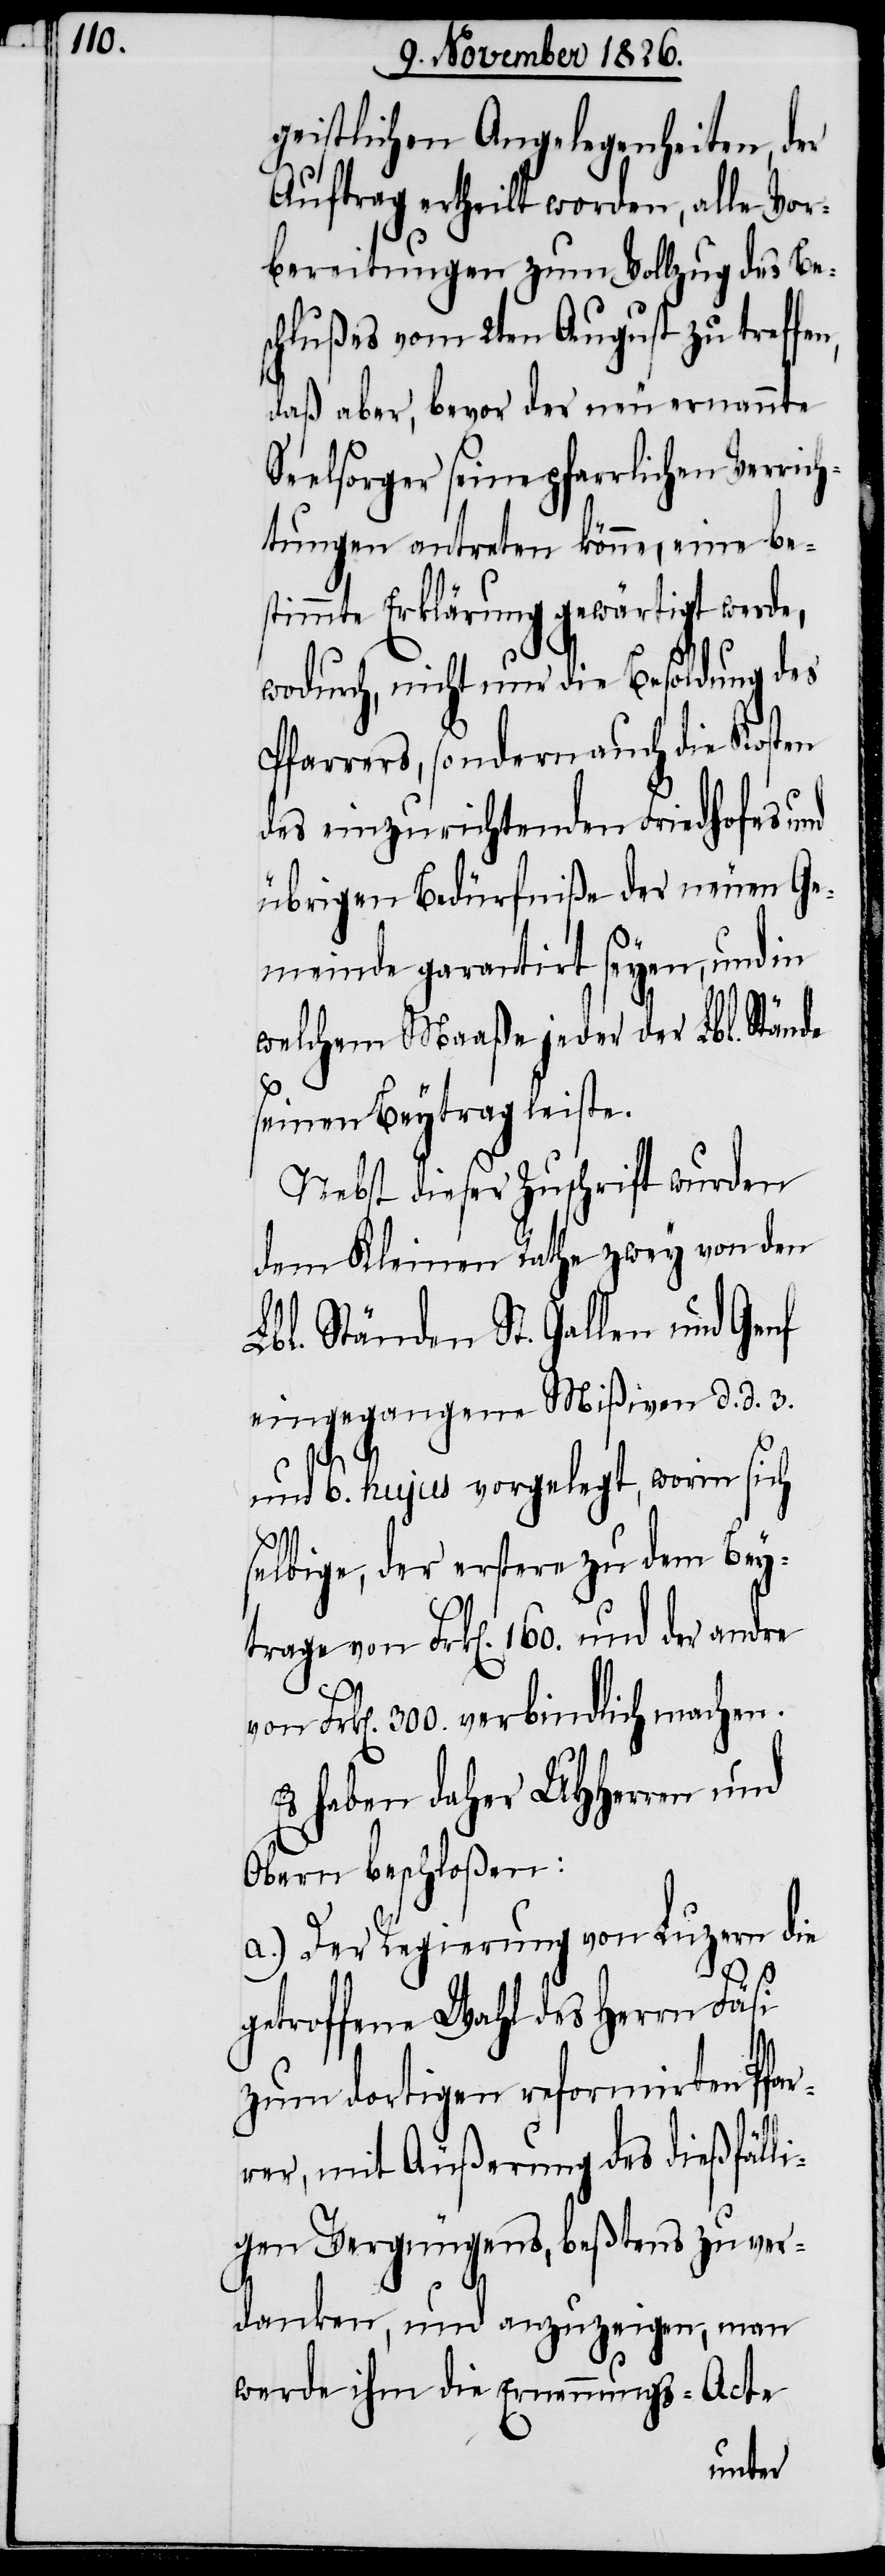
geistlichen Angelegenheiten, der
Auftrag ertheilt worden, alle Vor¬
bereitungen zum Vollzug des Be¬
schlußes vom 2ten August zu treffe¬
daß aber, bevor der neu ernannte
Seelsorger seine pfarrlichen Verric¬
htungen antreten könne, eine be¬
stimmte Erklärung gewärtigt werde,
wodurch, nicht nur die Besoldung des
Pfarrers, sondern auch die Kosten
des einzurichtenden Friedhofes und
übrigen Bedürfniße der neuen Ge¬
meinde garantirt seyen, und in
welchem Maaße jeder der Lbl. Stände
seinen Beytrag leiste.
Nebst dieser Zuschrift wurden
dem Kleinen Rathe zwey von den
Lbl. Ständen St. Gallen und Genf
eingegangene Mißiven d. d. 3.
n,
und 6. hujus vorgelegt, worin sich
selbige, der erstere zu dem Bey¬
trage von Frk[en]. 160. und der andre
Frk[en]. 300. verbindlich machen.
Es haben daher UHHerren und
Obern beschloßen:
a.) Der Regierung von Luzern die
getroffene Wahl des Herrn Fäsi
zum dortigen reformirten Pfar¬
rer, mit Äußerung des dießfälli¬
gen Vergnügens, beßtens zu ver¬
danken, und anzuzeigen, man
werde ihm die Ernennungs-Acte